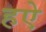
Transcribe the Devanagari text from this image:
हऐ